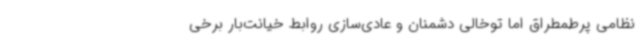
نظامی پرطمطراق اما توخالی دشمنان و عادی‌سازی روابط خیانت‌بار برخی